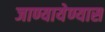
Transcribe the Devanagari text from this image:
जाण्यायेण्यास